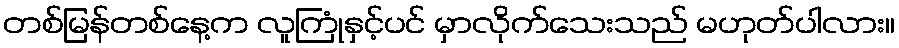
တစ်မြန်တစ်နေ့က လူကြုံနှင့်ပင် မှာလိုက်သေးသည် မဟုတ်ပါလား။